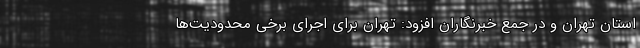
استان تهران و در جمع خبرنگاران افزود: تهران برای اجرای برخی محدودیت‌ها